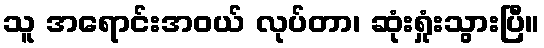
သူ အရောင်းအဝယ် လုပ်တာ၊ ဆုံးရှုံးသွားပြီ။